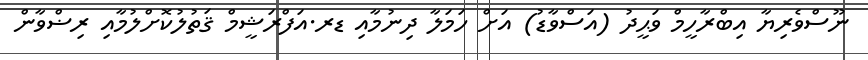
ނޫސްވެރިޔާ އިބްރާހީމް ވަޙީދު (އަސްވާޑު) އަށް ހަމަލާ ދިނުމާއި ޑރ.އަފްރަޝީމް ޤަތުލުކޮށްލުމާއި ރިޟްވާން